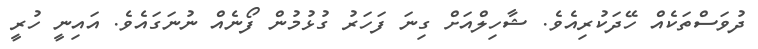
ދުވަސްތަކެއް ހޭދަކުރިއެވެ. ޝާހިލްއަށް ގިނަ ފަހަރު ގުޅުމުން ފޯނެއް ނުނަގައެވެ. އައިނީ ހުރީ